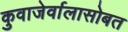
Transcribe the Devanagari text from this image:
कुवाजेर्वालासोबत